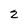
Character: 2